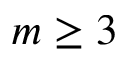
m \geq 3